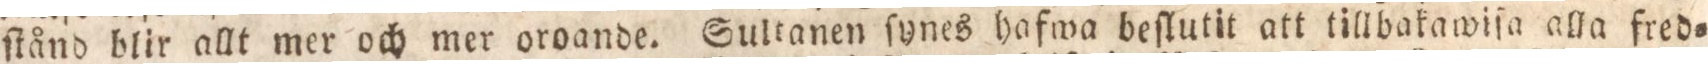
ſtånd blir allt mer och mer oroande. Sultanen ſynes hafwa beſlutit att tillbakawiſa alla fred=